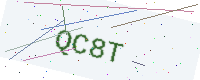
Text: QC8T